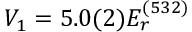
V _ { 1 } = 5 . 0 ( 2 ) E _ { r } ^ { ( 5 3 2 ) }